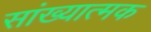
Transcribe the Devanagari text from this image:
सांख्यात्मक